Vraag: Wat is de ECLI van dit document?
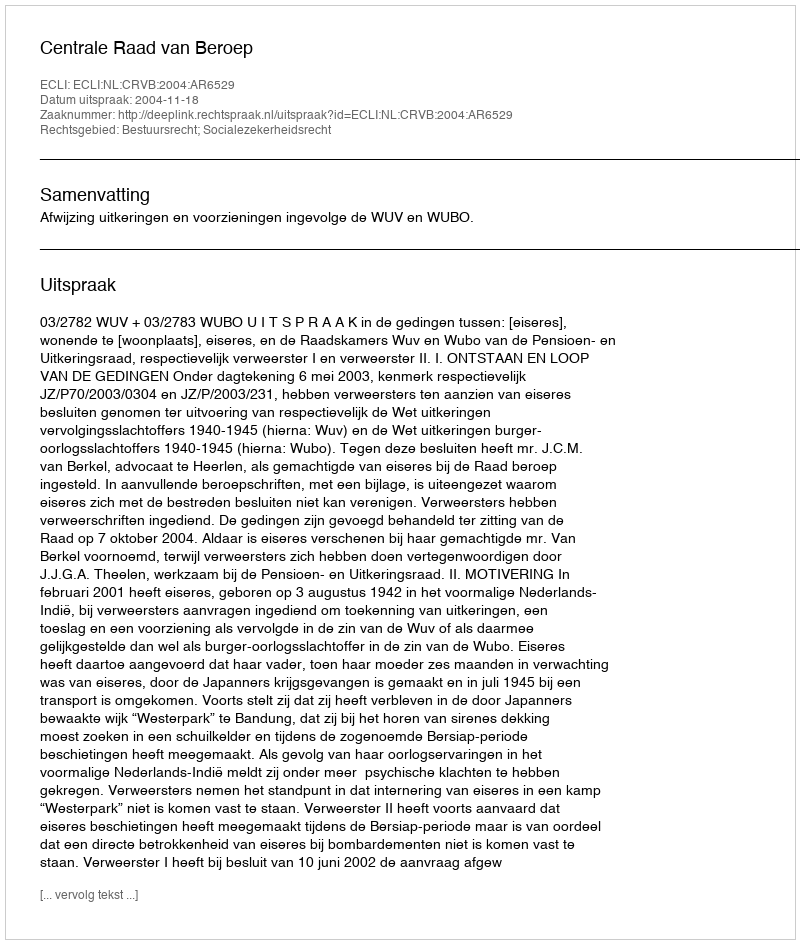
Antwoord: ECLI:NL:CRVB:2004:AR6529